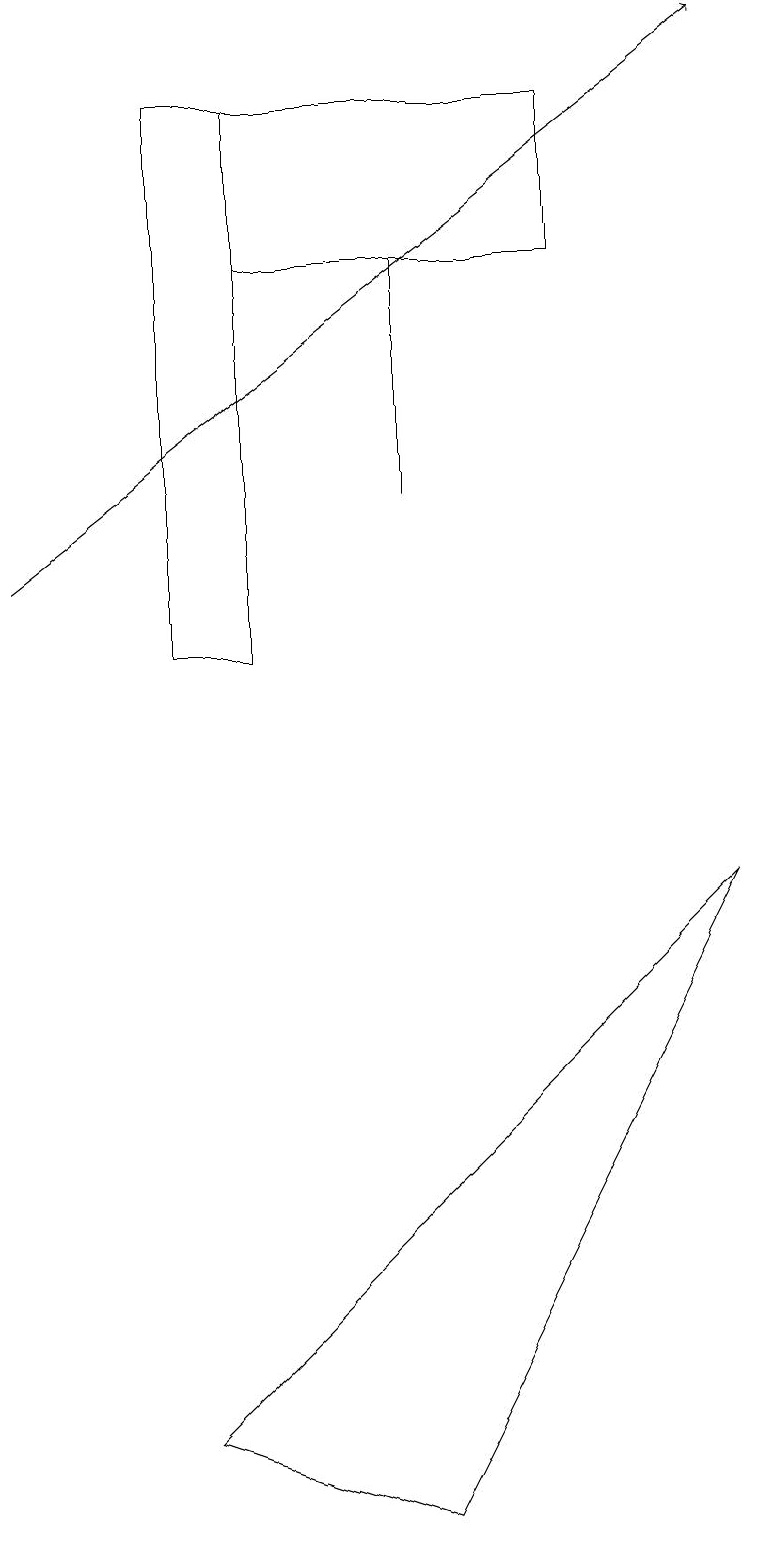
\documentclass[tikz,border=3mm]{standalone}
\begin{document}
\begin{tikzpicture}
\draw (3,16) rectangle (7,18);
\draw (5,13) rectangle (5,16);
\draw[->] (0,12) -- (9,19);
\draw (3,11) rectangle (2,18);
\draw (9,8) -- (5,0) -- (2,1) -- cycle;
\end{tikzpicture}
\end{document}